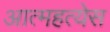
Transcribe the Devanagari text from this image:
आत्महत्येस